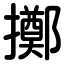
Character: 擲